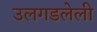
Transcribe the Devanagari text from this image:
उलगडलेली